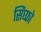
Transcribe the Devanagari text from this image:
सिंघ्फो